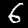
Digit: 6